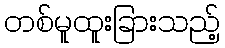
တစ်မူထူးခြားသည့်